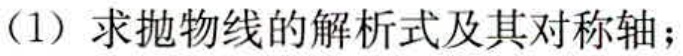
(1) 求抛物线的解析式及其对称轴；